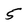
Character: 5